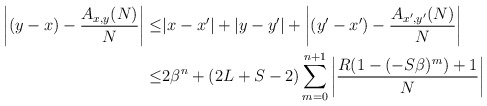
\begin{align*} \left|(y-x)-\frac{A_{x,y}(N)}N\right|\leq & |x-x'|+|y-y'|+\left|(y'-x')-\frac{A_{x',y'}(N)}N\right|\\\leq & 2\beta^n+(2L+S-2)\sum_{m=0}^{n+1}\left|\frac{R(1-(-S\beta)^m)+1}N \right|\end{align*}